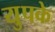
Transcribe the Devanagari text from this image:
युपके